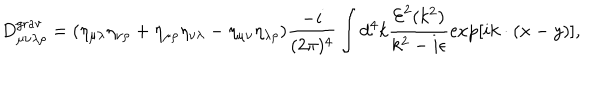
D _ { \mu \nu \lambda \rho } ^ { \mathrm { g r a v } } = ( \eta _ { \mu \lambda } \eta _ { \nu \rho } + \eta _ { \mu \rho } \eta _ { \nu \lambda } - \eta _ { \mu \nu } \eta _ { \lambda \rho } ) \frac { - i } { ( 2 \pi ) ^ { 4 } } \int d ^ { 4 } k \frac { { \cal E } ^ { 2 } ( k ^ { 2 } ) } { k ^ { 2 } - i \epsilon } \exp [ i k \cdot ( x - y ) ] ,